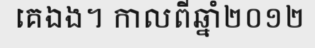
គេឯង។ កាលពីឆ្នាំ២០១២